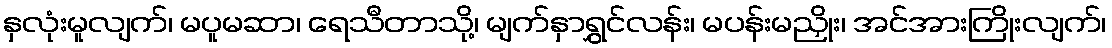
နှလုံးမူလျက်၊ မပူမဆာ၊ ရေသီတာသို့၊ မျက်နှာရွှင်လန်း၊ မပန်းမညှိုး၊ အင်အားကြိုးလျက်၊